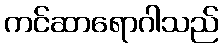
ကင်ဆာရောဂါသည်